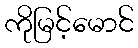
ကိုမြင့်မောင်